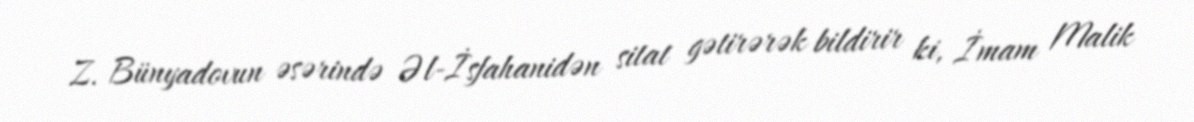
Z. Bünyadovun əsərində Əl-İsfahanidən sitat gətirərək bildirir ki, İmam Malik